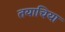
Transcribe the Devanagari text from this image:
तयाचिया